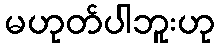
မဟုတ်ပါဘူးဟု